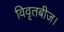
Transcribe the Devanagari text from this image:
विवृतबीज।